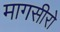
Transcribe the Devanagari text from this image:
मागसीरो